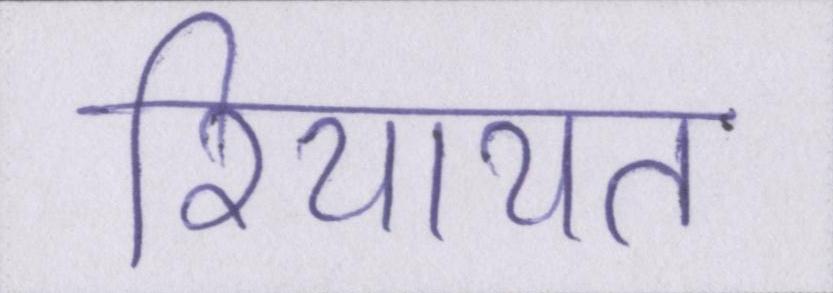
रियायत